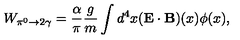
W _ { \pi ^ { 0 } \to 2 \gamma } = \frac { \alpha } { \pi } \frac { g } { m } \int d ^ { 4 } x ( \mathbf { E \cdot B } ) ( x ) \phi ( x ) ,